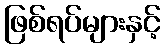
ဖြစ်ရပ်များနှင့်